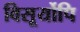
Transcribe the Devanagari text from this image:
विसूर्योपि